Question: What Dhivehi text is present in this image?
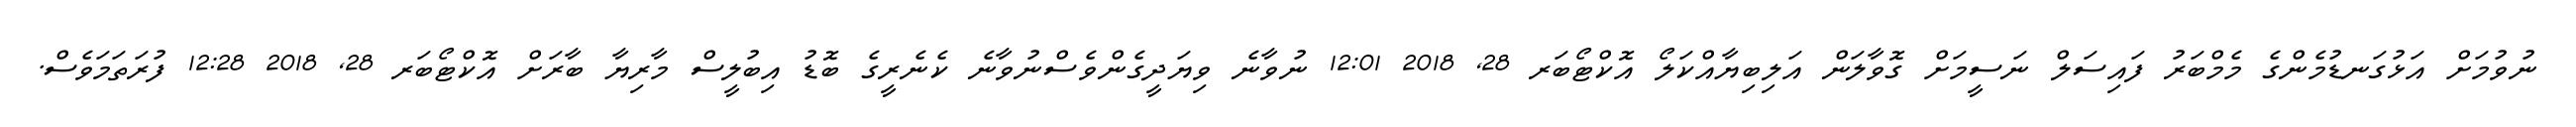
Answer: ނުވުމަށް އަޅުގަނޑުމެންގެ މެމްބަރު ފައިސަލް ނަސީމަށް ގޮވާލަން އަލިބިޔާއްކަލޯ އޮކްޓޯބަރ 28, 2018 12:01 ނުވާނެ ވިޔަދީގެންވެސްނުވާނެ ކެނެރީގެ ބޮޑު އިބުލީސް މާރިޔާ ބާރަށް އޮކްޓޯބަރ 28, 2018 12:28 ފުރަތަމަވެސް.